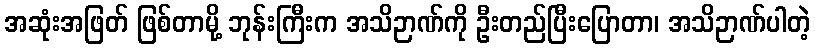
အဆုံးအဖြတ် ဖြစ်တာမို့ ဘုန်းကြီးက အသိဉာဏ်ကို ဦးတည်ပြီးပြောတာ၊ အသိဉာဏ်ပါတဲ့